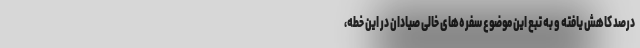
درصد کاهش یافته و به تبع این موضوع سفره‌های خالی صیادان در این خطه،